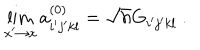
\lim _ { x ^ { \prime } \rightarrow x } a _ { i ^ { \prime } j ^ { \prime } k l } ^ { ( 0 ) } = \sqrt { h } G _ { i ^ { \prime } j ^ { \prime } k l } \ .